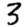
Digit: 3